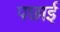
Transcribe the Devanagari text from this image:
पछाईं